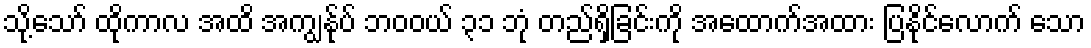
သို့သော် ထိုကာလ အထိ အကျွန်ုပ် ဘဝဝယ် ၃၁ ဘုံ တည်ရှိခြင်းကို အထောက်အထား ပြနိုင်လောက် သော